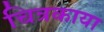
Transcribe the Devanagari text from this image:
चित्रकाया